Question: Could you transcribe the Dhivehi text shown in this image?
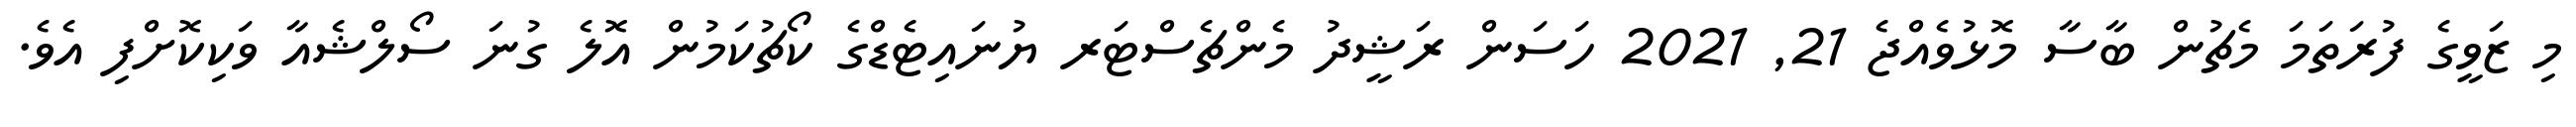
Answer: މި ޒަވީގެ ފުރަތަމަ މެޗުން ބާސާ މޮޅުވެއްޖެ 21, 2021 ހަސަން ރަޝީދު މެންޗެސްޓަރ ޔުނައިޓެޑްގެ ކޯޗުކަމުން އޮލެ ގުނަ ސޯލްޝެއާ ވަކިކޮށްފި އެވެ.